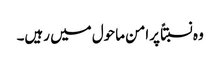
وہ نسبتاً پرامن ماحول میں رہیں۔